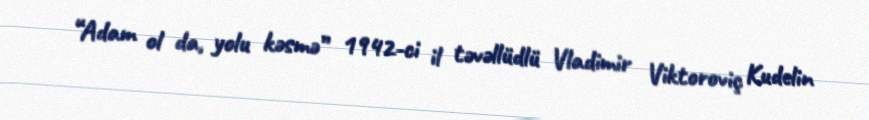
“Adam ol da, yolu kəsmə” 1942-ci il təvəllüdlü Vladimir Viktoroviç Kudelin